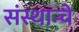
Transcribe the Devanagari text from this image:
संस्थान्चे